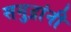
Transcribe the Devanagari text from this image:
समुद्रांनी